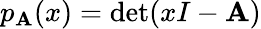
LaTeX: p_{\mathbf{A}}(x)=\det(xI-\mathbf{A})